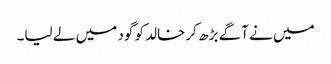
میں نے آگے بڑھ کر خالد کو گود میں لے لیا۔